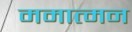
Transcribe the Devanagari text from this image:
ममात्मन